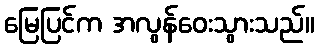
မြေပြင်က အလွန်ဝေးသွားသည်။